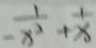
- \frac { 1 } { x ^ { 2 } } + \frac { 1 } { x }